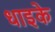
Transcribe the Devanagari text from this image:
धाइके